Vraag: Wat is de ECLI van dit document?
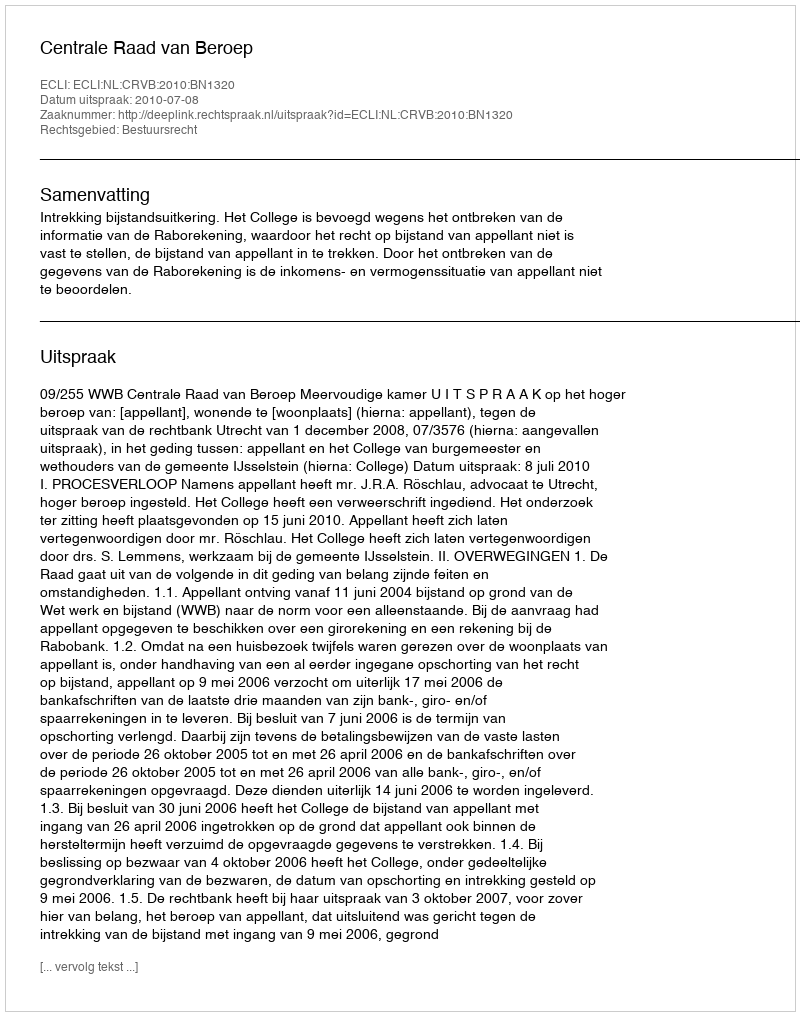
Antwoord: ECLI:NL:CRVB:2010:BN1320